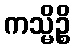
ကသ္မိဉ္စိ